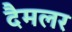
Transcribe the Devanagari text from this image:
दैमलर